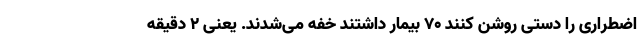
اضطراری را دستی روشن کنند ۷۰ بیمار داشتند خفه می‌شدند. یعنی ۲ دقیقه